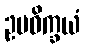
ဥပဓိက္ခယံ